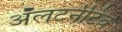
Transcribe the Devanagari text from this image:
ॲलटर्नेटिव